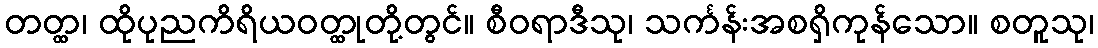
တတ္ထ၊ ထိုပုညကိရိယဝတ္ထုတို့တွင်။ စီဝရာဒီသု၊ သင်္ကန်းအစရှိကုန်သော။ စတူသု၊